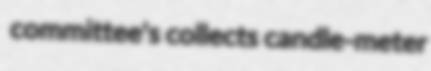
committee's collects candle-meter